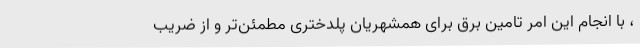
، با انجام این امر تامین برق برای همشهریان پلدختری مطمئن‌تر و از ضریب